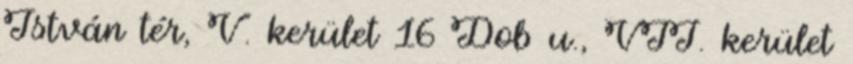
István tér, V. kerület 16 Dob u., VII. kerület